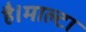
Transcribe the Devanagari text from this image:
है।माल्टा